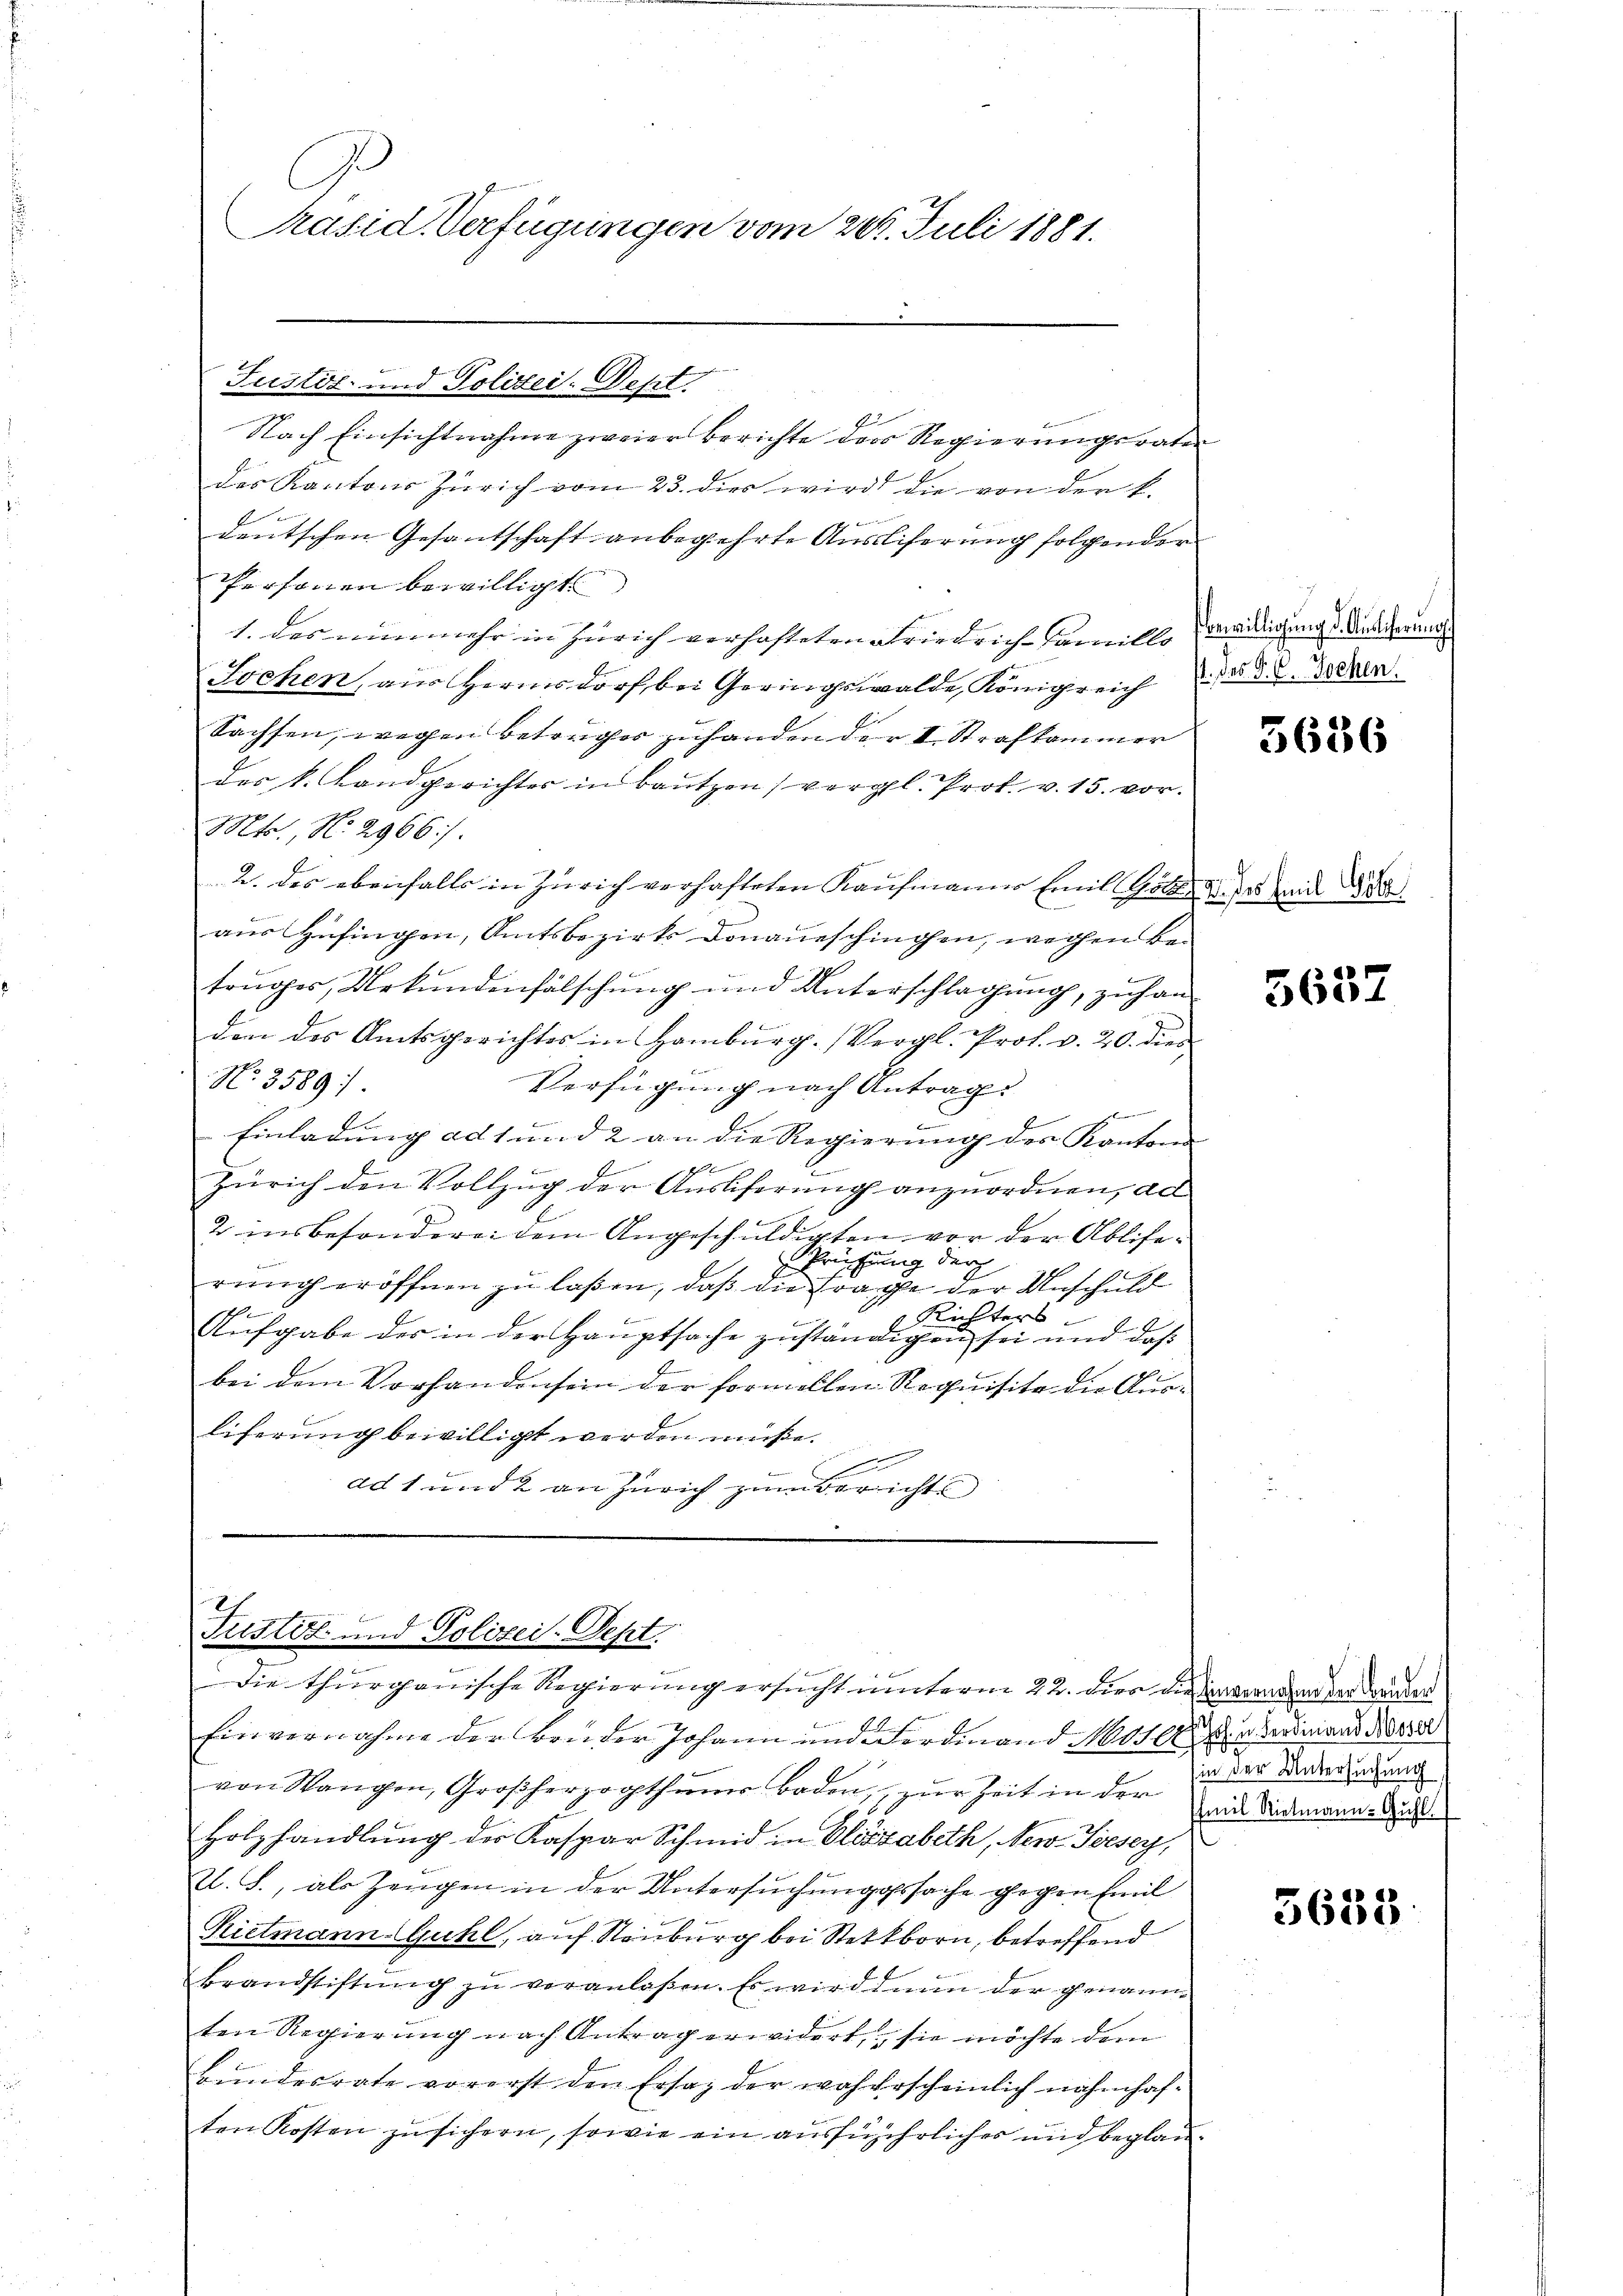
Präsid. Verfügungen vom 20. Juli 1881.

Justiz- und Polizei- West

Nach Einsichtnahme zweier Berichte der Regierungsraten
das Kantons Zürich vom 23. dies wird die von der k.
E
f
deŭtschen Gesantschaft anbegehrte Aŭsliferŭng folgender
Personen bewilligt
1. das nunmehr in Zürich verhafteten alriedriche gewille weiligung d. Ausscherung
Jochen, aus Herrnsdorf, bei Geringswalde, Königreich des §. 2. Decken.
Sachsen, wegen Betrages zuhanden der I Strafkammer
der k. Landgerichter in Bautzen (vergl. Prok. v. 15. vor.
Mts., N. 2966).
u. des ebenfalls in Zürich verhafteten Kaufmanne Emil Götter des in d
aus Hufingen, Amtsbezirks Donaueschingen, weihen Betruges, Urkundenfälschung und Unterschlagung, zu handen des Amtsgerichtes in Hamburg. (Vergl. Prof. v. 20. dies
No. 3589.
Verfügung nach Antrag
c
Einladung ad 1 und 2 an die Regierung des Kantona
Zürich den Vollzug der Auslieferung anzuordnen, ad
2 insbesondere dem Angeschuldigten vor der Ablie¬
Prüfung durch
rung eröffnen zu laßen, daß die Frage der Anschuld
b
Richters
b
b
Aufgabe der in der Hauptsache zuständigen sei und daß
bei dem Vorhanden sein der formellen Requisite die Ausliferung bewilligt werden müße.
ad 1 und 2 an Zürich zum Berichts

Pustiz- und Polizei-Sept.
.
Die thurgauische Regierung ersucht unterm 22. dies die Verwandend der Bunden

Einvernahme der Bruder Johann und Ferdinand No 1100 Ferdinand Nor
von Wangen, Großherzogthum Boden, zŭr Zeit in der in Landmann-K
Holzhandlŭng der Kaspar Schmid in Elisabeth, New-Joesey,
l. S., als Zeugen in der Untersuchungssache gegen Emil
Rietmann Guhl, auf Stauburg bei Stettborn, betreffend
Brandstiftung zu veranlaßen. Es wird dann der genannten Regierung nach Antrag erwidert, sie möchte dem
Bundesrate vorerst den Ersatz der woherscheinlich nahmhaften Kosten zusichern, sowie ein ausführlicher und beglau¬

5636

5632

(in der Untersuchung

5683